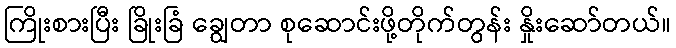
ကြိုးစားပြီး ခြိုးခြံ ချွေတာ စုဆောင်းဖို့တိုက်တွန်း နှိုးဆော်တယ်။